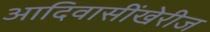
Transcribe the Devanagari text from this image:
आदिवासींखेरीज